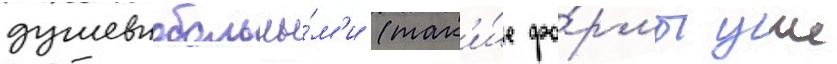
душевнобольны́м'и (так'и́е фо́рмы уже